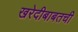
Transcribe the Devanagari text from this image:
खरेदीबाबतची